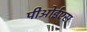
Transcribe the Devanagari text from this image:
पीओईएस